Vaike-Kopu_(Puiatu)_vallavalitsus, lk 33
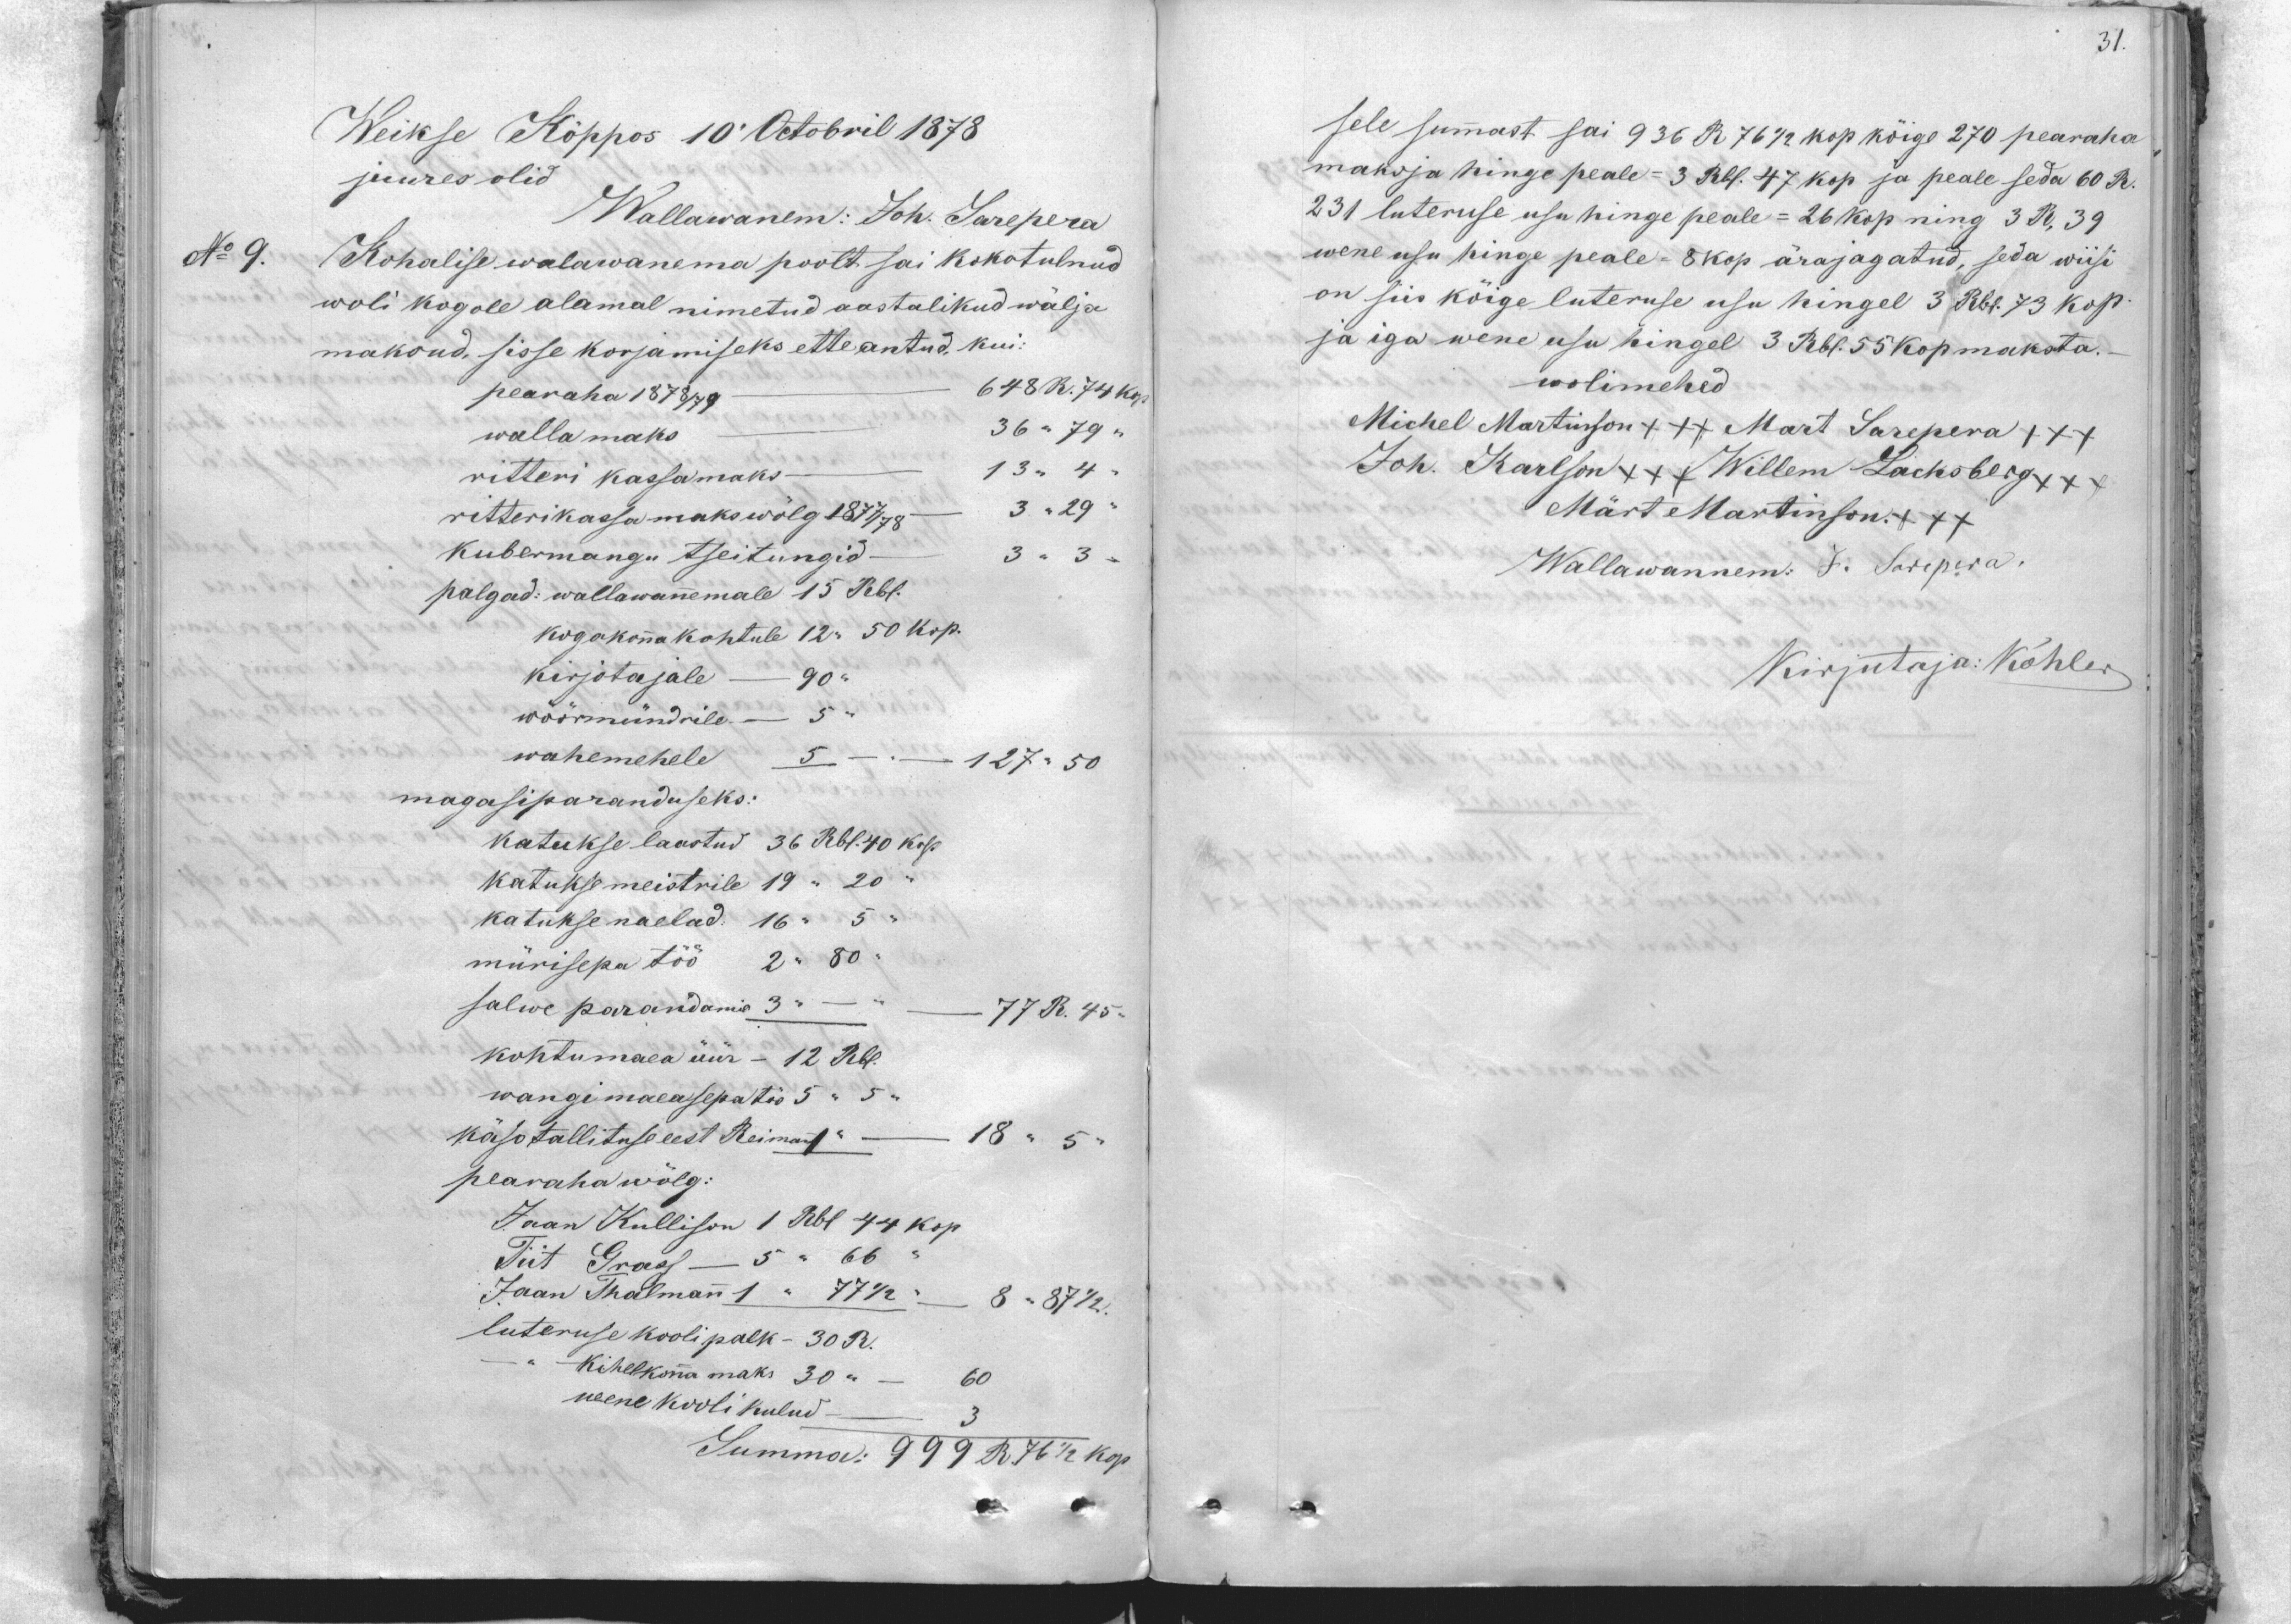
31.

Weikse Köppos 10 Octobril 1878
juures olid
Wallawanem: Joh. Sarepera
No 9.
Kohalise walawanema poolt sai kokotulnud
woli kogole alamal nimetud aastalikud wälja
makond sisse korjamiseks ette antud, kui-
pearaha 1878-79 648 R. 74 kop.
walla maks 36 " 79 "
ritteri kassamaks - 13 " 4 "
ritterikassa makso wõlg 1877/78 3 "29"
Kubermangu tseitungid - 3 " 3 "
palgad: wallawanemale 15 Rbl.
kogokona kohtule 12 " 50 kop.
kirjotajale - 90
wöörmündrile - 5
wahemehele 5              127.50
magasiparanduseks:
katukse laastud 36 Rbl. 40 kop.
katukse meistrile 19 " 20;
katukse naelad 16 " 5 "
mürisepa töö 2 " 80 "
salwe parandamis 3"       77 R. 45 "
kohtumaea üür - 12 Rbl.
wangimaeasepa töö 5 " 5 "
käsotallituse eest Reimann: - 18 " 5 "
pearaha wõlg:
Jaan Kullison 1 Rbl 44 kop
Tiit Graal 5 " 66
Jaan Thalmann 1 " 77 1/2 "               8" 87 1/2.
luteruse kooli palk - 30 R.
Kihelkona maks 30 "       60
weene kooli kulud - 3
Summa: 999 R. 76 1/2 kop.

sele sumast sai 936 R 76 1/2 kop köige 270 pearaha
maksja hinge peale = 3 Rbl. 47 kop. ja peale seda 60 R.
maksja hinge peale = 3 Rbl. 47 kop. ja peale seda 60 R.
231 luteruse usu hinge peale = 26 kop ning 3 R, 39
wene usu hinge peale - 8 kop ärajagatud, seda wiisi
on siis köige luteruse usu hingel 3 Rbl. 73 kop
ja iga wene usu hingel 3 Rbl. 55 kop maksta.
wolimehed
Michel Martinson +++ Mart Sarepera +++
Joh. Karlson +++ Willem Lacksberg +++
Märt Martinson +++
Wallawannem. J. Sarepera.
Kirjutaja: Köhler